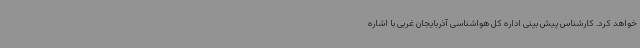
خواهد کرد. کارشناس پیش بینی اداره کل هواشناسی آذربایجان غربی با اشاره